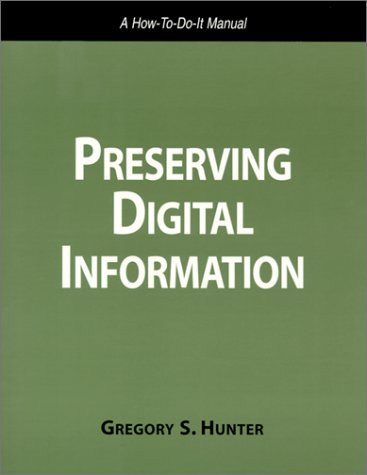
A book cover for Preserving Digital Information: A How To-Do-It Manual (How to Do It Manual for Librarians, No 93) (How to Do It Manuals for Librarians); Gregory S. Hunter; Literature & Fiction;